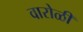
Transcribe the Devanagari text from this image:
वारोळी